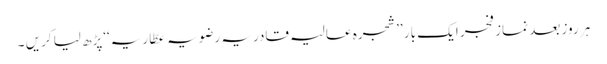
ہر روز بعد نماز فجر ایک بار ’’شجرہ عالیہ قادریہ رضویہ عطّاریہ‘‘پڑھ لیا کریں ۔